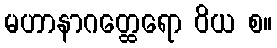
မဟာနာဂတ္ထေရော ဝိယ စ။